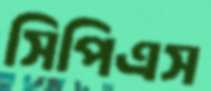
সিপিএস